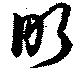
昕